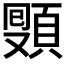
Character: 𩓔